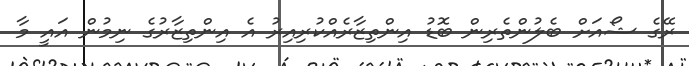
ރޭގެ ޝޯއަށް ބެލުންތެރިން ބޮޑު އިންތިޒާރެއްކުރިއިރު އެ އިންތިޒާރުގެ ނިމުން އައީ މާ